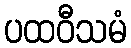
ပထဝီသမံ